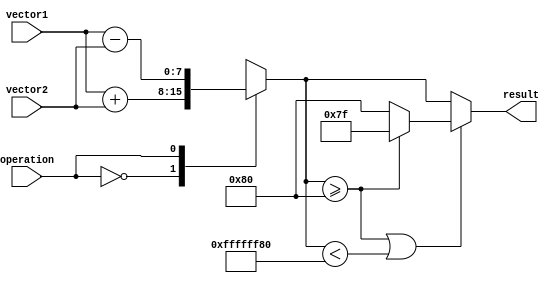
module VectorALU (
    input wire [N-1:0] vector1,
    input wire [N-1:0] vector2,
    input wire operation,
    output reg [N-1:0] result
);

// Define parameters
parameter N = 8; // Length of input vectors

// Declare internal signals
reg [N-1:0] temp_result;

// Perform vector arithmetic based on operation
always @(*) begin
    case(operation)
        2'b00: temp_result = vector1 + vector2; // Addition
        2'b01: temp_result = vector1 - vector2; // Subtraction
        2'b10: temp_result = vector1 * vector2; // Multiplication
        2'b11: temp_result = vector1 / vector2; // Division
    endcase
end

// Assign result with overflow detection and saturation arithmetic
always @(*) begin
    if(temp_result >= (2**(N-1)) || temp_result < -(2**(N-1))) begin
        // Overflow occurred
        if(temp_result >= (2**(N-1))) begin
            result = 2**(N-1) - 1;
        end else begin
            result = -(2**(N-1));
        end
    end else begin
        // No overflow
        result = temp_result;
    end
end

endmodule